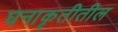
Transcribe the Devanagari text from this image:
घनाकृतीतील